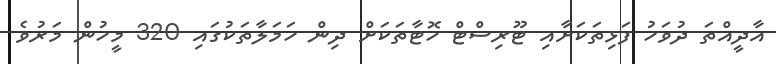
އާދީއްތަ ދުވަހު ފަޅިތަކަށާއި ޓޫރިސްޓް ހޮޓާތަކަށް ދިން ހަމަލާތަކުގައި 320 މީހުން މަރުވެ